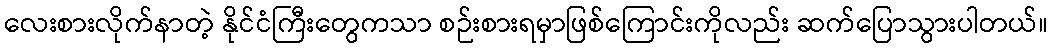
လေးစားလိုက်နာတဲ့ နိုင်ငံကြီးတွေကသာ စဉ်းစားရမှာဖြစ်ကြောင်းကိုလည်း ဆက်ပြောသွားပါတယ်။